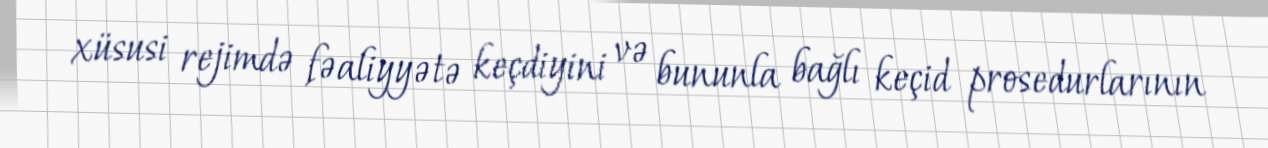
xüsusi rejimdə fəaliyyətə keçdiyini və bununla bağlı keçid prosedurlarının